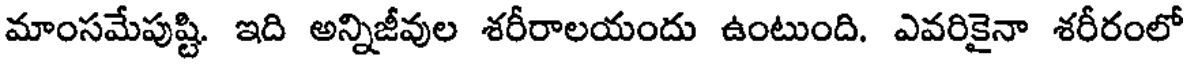
మాంసమేపుష్టి. ఇది అన్నిజీవుల శరీరాలయందు ఉంటుంది. ఎవరికైనా శరీరంలో